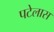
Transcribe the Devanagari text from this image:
पटेलास